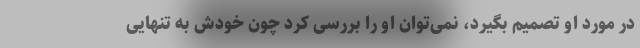
در مورد او تصمیم بگیرد، نمی‌توان او را بررسی کرد چون خودش به تنهایی